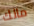
مالك